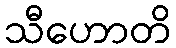
သီဟောတိ